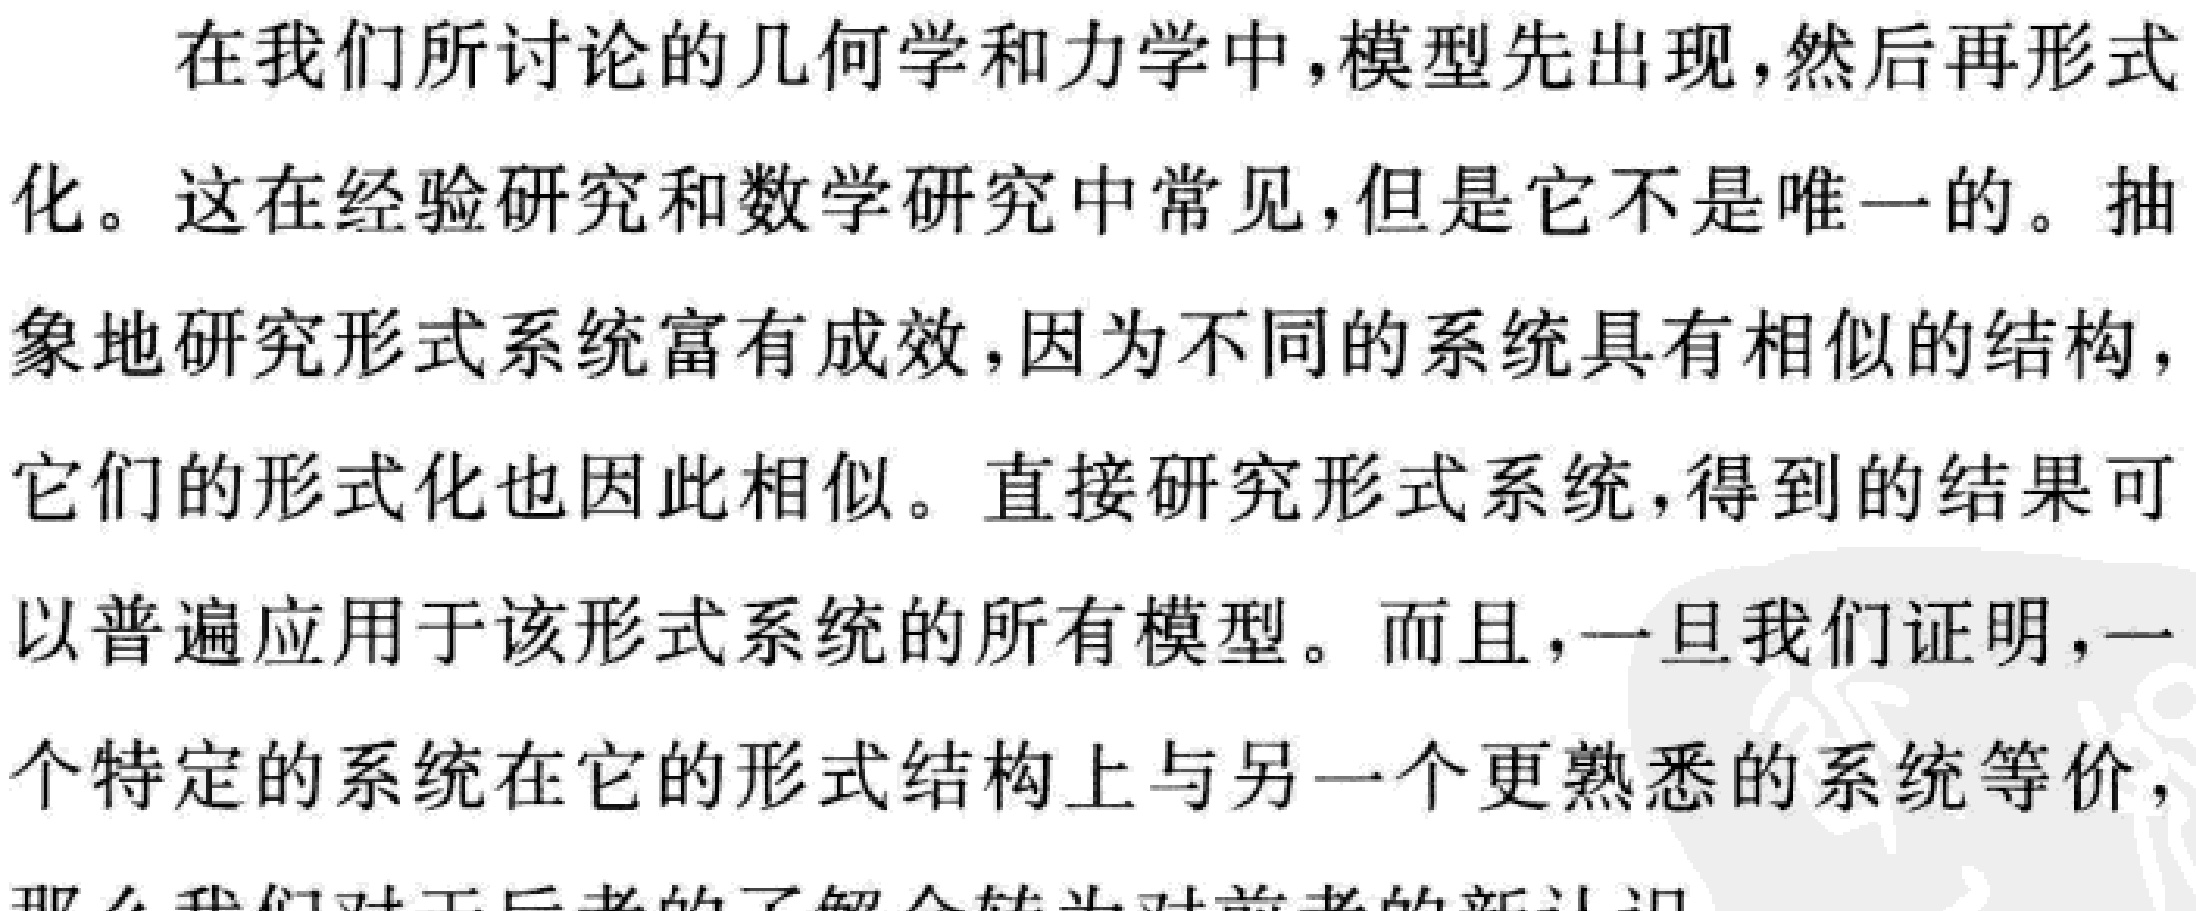
在我们所讨论的几何学和力学中,模型先出现,然后再形式
化。这在经验研究和数学研究中常见,但是它不是唯一的。抽
象地研究形式系统富有成效,因为不同的系统具有相似的结构,
它们的形式化也因此相似。直接研究形式系统,得到的结果可
以普遍应用于该形式系统的所有模型。而且,一旦我们证明,一
个特定的系统在它的形式结构上与另一个更熟悉的系统等价,
那么我们对于后者的了解会转为对前者的新认识